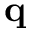
\mathbf { q }